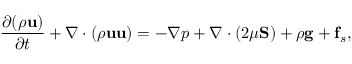
\frac { \partial ( \rho \mathbf { u } ) } { \partial t } + \nabla \cdot ( \rho \mathbf { u } \mathbf { u } ) = - \nabla p + \nabla \cdot ( 2 \mu \mathbf { S } ) + \rho \mathbf { g } + \mathbf { f } _ { s } ,